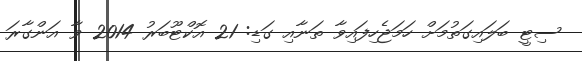
ސިޓީ ބަލައިގަތުމަށް ހަމަޖެހިފައިވާ ތަނާއި ގަޑި: 21 އޮކްޓޫބަރު 2014 ވާ އަންގާރަ